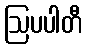
ဩပပါတီ